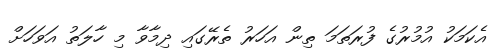
އެކަމަކު އުމުރުގެ ފުރަތަމަ ތިން އަހަރު ތެރޭގައި ދިމާވާ މި ހާލަތު އަވަހަށް